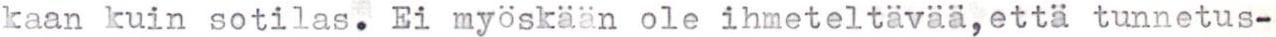
kaan kuin sotilas. Ei myöskään ole ihmeteltävää, että tunnetus-